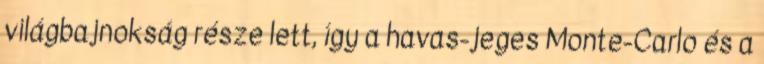
világbajnokság része lett, így a havas-jeges Monte-Carlo és a